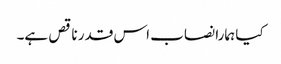
کیا ہمارا نصاب اس قدر ناقص ہے۔